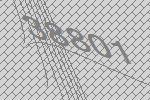
38801